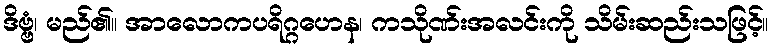
ဒိဗ္ဗံ၊ မည်၏။ အာလောကပရိဂ္ဂဟေန၊ ကသိုဏ်းအလင်းကို သိမ်းဆည်းသဖြင့်။